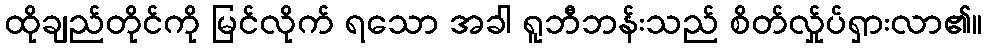
ထိုချည်တိုင်ကို မြင်လိုက် ရသော အခါ ရူဘီဘန်းသည် စိတ်လ်ှုပ်ရှားလာ၏။